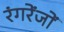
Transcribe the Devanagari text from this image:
रंगरेंजों